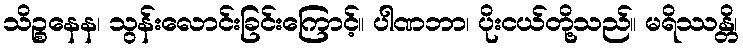
သိဉ္စနေန၊ သွန်းလောင်းခြင်းကြောင့်။ ပါဏဘာ၊ ပိုးငယ်တို့သည်။ မရိဿန္တိ၊